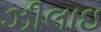
ઝીલાઇ